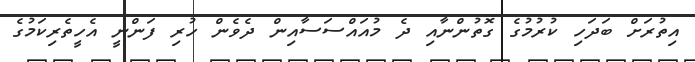
އިތުރަށް ބަދަހި ކުރުމުގެ ގޮތުންނާއި ދެ މުއައްސަސާއިން ދެވެން ހުރި ފަންނީ އެހީތެރިކަމުގެ